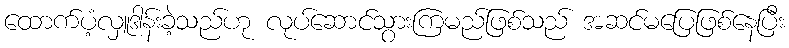
ထောက်ပံ့လှူဒါန်းခဲ့သည်ဟု လုပ်ဆောင်သွားကြမည်ဖြစ်သည် အဆင်မပြေဖြစ်နေပြီး